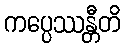
ကပ္ပေဿန္တီတိ